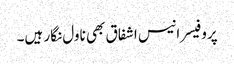
پروفیسر انیس اشفاق بھی ناول نگار ہیں۔